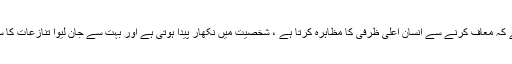
جبکہ حقیقت یہ ہے کہ معاف کرنے سے انسان اعلیٰ ظرفی کا مظاہرہ کرتا ہے ، شخصیت میں نکھار پیدا ہوتی ہے اور بہت سے جان لیوا تنازعات کا سد باب ہو جاتا ہے۔